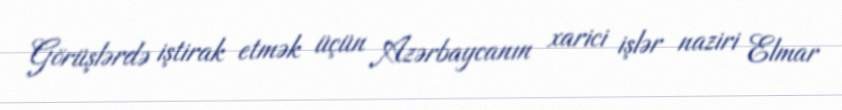
Görüşlərdə iştirak etmək üçün Azərbaycanın xarici işlər naziri Elmar